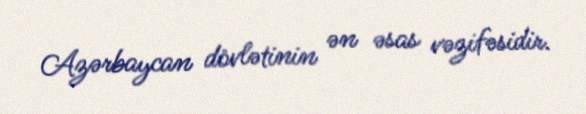
Azərbaycan dövlətinin ən əsas vəzifəsidir.